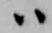
ハ